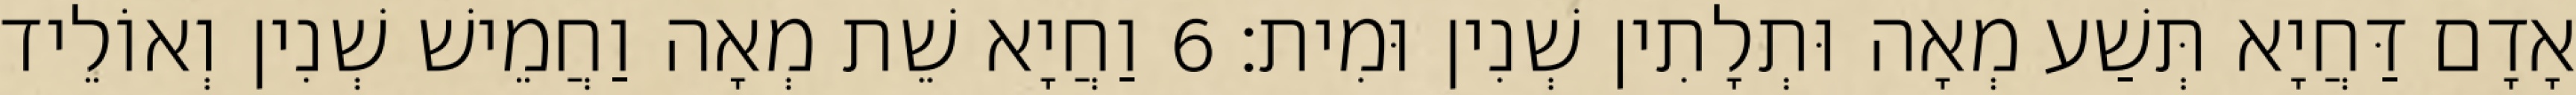
אָדָם דַּחֲיָא תְּשַׁע מְאָה וּתְלָתִין שְׁנִין וּמִית׃ 6 וַחֲיָא שֵׁת מְאָה וַחֲמֵישׁ שְׁנִין וְאוֹלֵיד